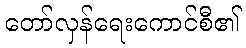
တော်လှန်ရေးကောင်စီ၏